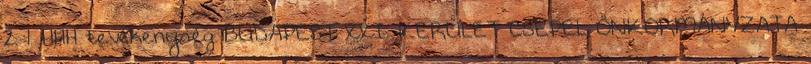
2. 1. HHH tevékenység BUDAPEST XXI. KERÜLET CSEPEL ÖNKORMÁNYZATA